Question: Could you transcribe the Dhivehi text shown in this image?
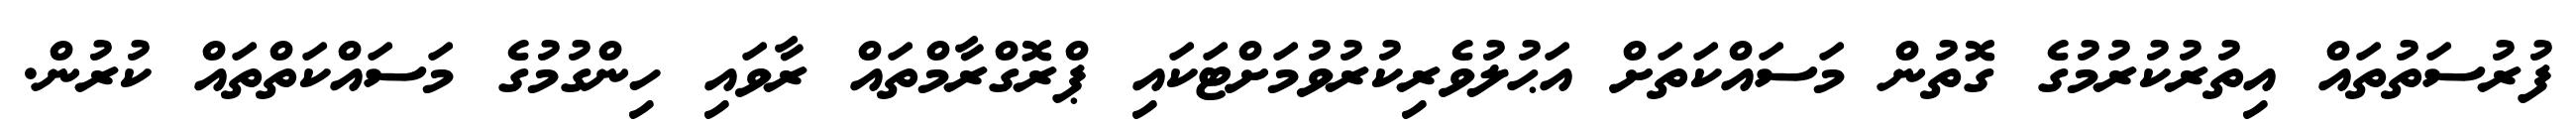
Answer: ފުރުސަތުތައް އިތުރުކުރުމުގެ ގޮތުން މަސައްކަތަށް އަޙުލުވެރިކުރުވުމަށްޓަކައި ޕްރޮގްރާމްތައް ރާވައި ހިންގުމުގެ މަސައްކަތްތައް ކުރުން.